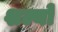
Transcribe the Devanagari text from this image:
शल्यों